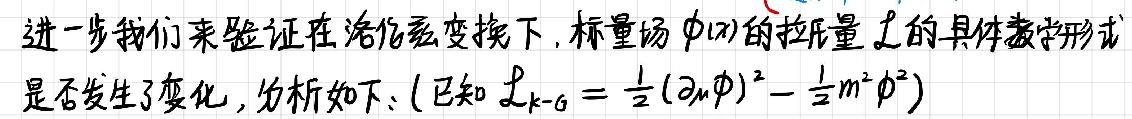
进一步我们来验证在洛伦兹变换下，标量场$\phi(x)$的拉氏量$\mathcal{L}$的具体数学形式是否发生了变化，分析如下：(已知$\mathcal{L}_{k - \sigma}=\frac{1}{2}(\partial_{\mu}\phi)^2-\frac{1}{2}m^2\phi^2$)